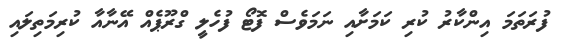
ފުރަތަމަ އިންކާރު ކުރި ކަމަށާއި ނަމަވެސް ފޮޓޯ ފުހެލީ ގްރޫޕެއް އޭނާއާ ކުރިމަތިލައި